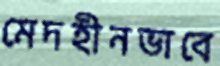
মেদহীনভাবে